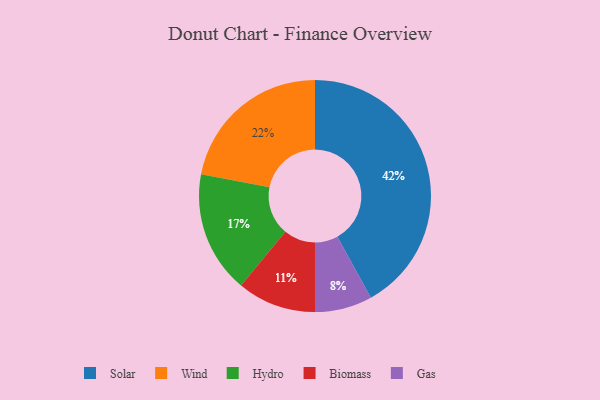
{"axis": {"x": "Category", "y": "Percentage"}, "legend": ["Biomass", "Gas", "Hydro", "Solar", "Wind"], "data": [{"x": "Solar", "y": 42, "type": "Solar"}, {"x": "Biomass", "y": 11, "type": "Biomass"}, {"x": "Wind", "y": 22, "type": "Wind"}, {"x": "Gas", "y": 8, "type": "Gas"}, {"x": "Hydro", "y": 17, "type": "Hydro"}]}